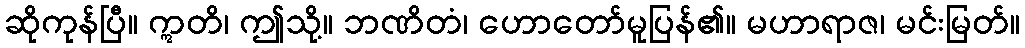
ဆိုကုန်ပြီ။ ဣတိ၊ ဤသို့။ ဘဏိတံ၊ ဟောတော်မူပြန်၏။ မဟာရာဇ၊ မင်းမြတ်။